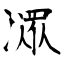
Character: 潀